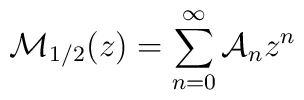
{\cal M}_{1/2}(z)=\sum_{n=0}^\infty{\cal A}_n z^n